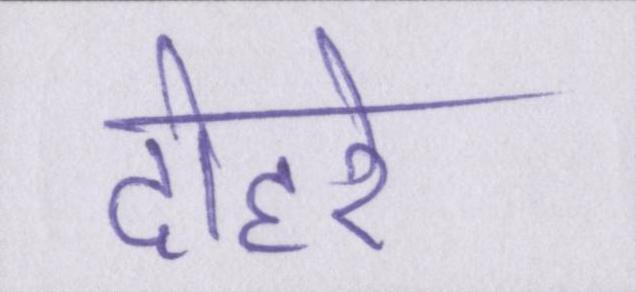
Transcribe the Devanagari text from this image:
दोहरे